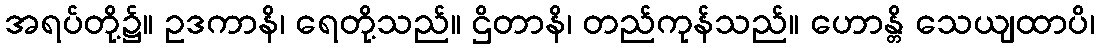
အရပ်တို့၌။ ဥဒကာနိ၊ ရေတို့သည်။ ဌိတာနိ၊ တည်ကုန်သည်။ ဟောန္တိ သေယျထာပိ၊